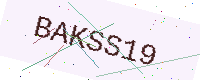
Text: BAKSS19